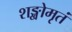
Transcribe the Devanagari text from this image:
शङ्खोमृतं